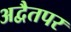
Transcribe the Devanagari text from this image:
अद्वैतपर